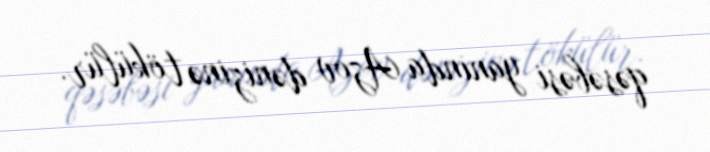
qəsəbəsi yanında Azov dənizinə tökülür.